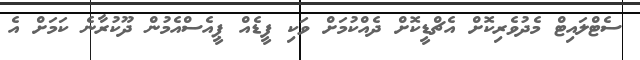
ސެޓްލައިޓް މެދުވެރިކޮށް އެޗްޑީކޮށް ދެއްކުމަށް ވަކި ފީޑެއް ޕީއެސްއެމުން ދޫކުރާނެ ކަމަށް އެ